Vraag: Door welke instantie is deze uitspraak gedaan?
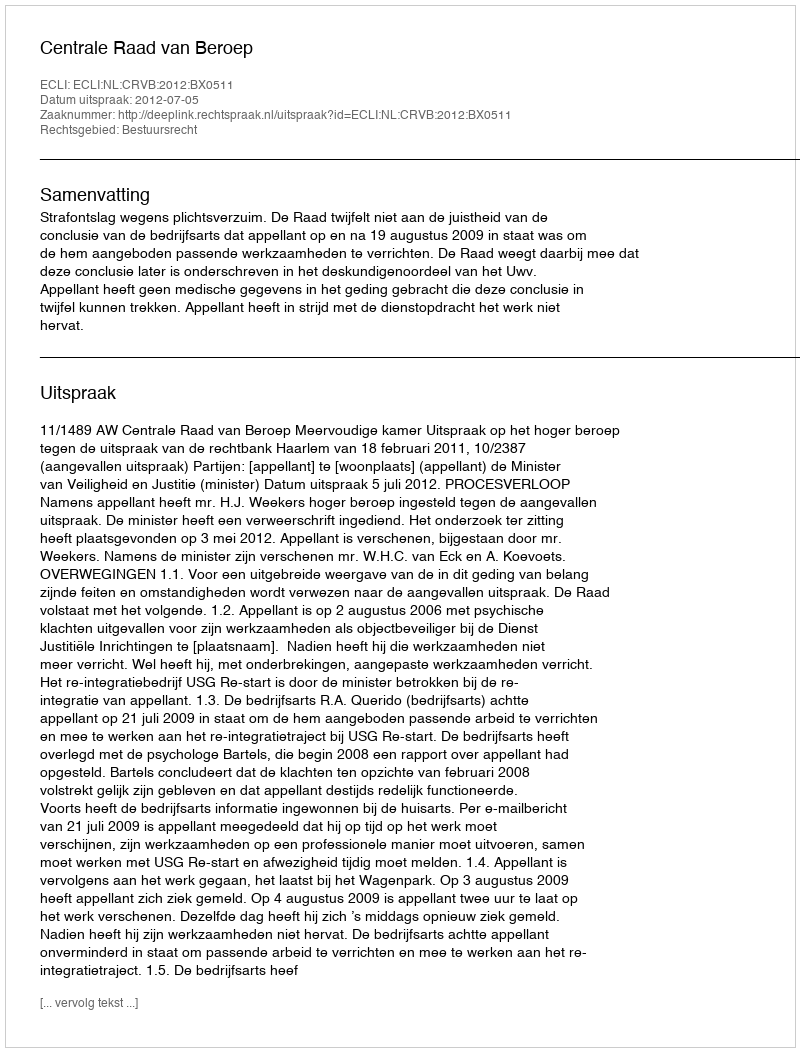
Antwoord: Centrale Raad van Beroep